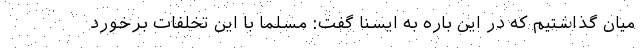
میان گذاشتیم که در این باره به ایسنا گفت: مسلما با این تخلفات برخورد